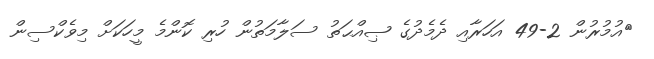
އުމުރުން 2-49 އަހަރާއި ދެމެދުގެ ޞިއްޙަތު ސަލާމަތުން ހުރި ކޮންމެ މީހަކަށް މިވެކްސިން